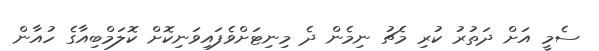
ސެމީ އަށް ދަތުރު ކުރި މެޗު ނިމެން ދެ މިނިޓަށްވެފައިވަނިކޮށް ކޮލަމްބިއާގެ ހުއާން